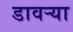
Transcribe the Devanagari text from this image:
डावर्‍या